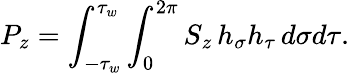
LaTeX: P_{z}=\int_{-\tau_{w}}^{\tau_{w}}\int_{0}^{2\pi}S_{z}\, h_{\sigma}h_{\tau}\, d\sigma d\tau.